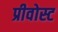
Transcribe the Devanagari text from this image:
प्रीवोस्ट